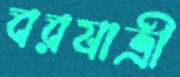
বরযাত্রী